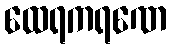
ထေရကရဏေ